Papers set at the Examination for Leaving Certificates, 1891
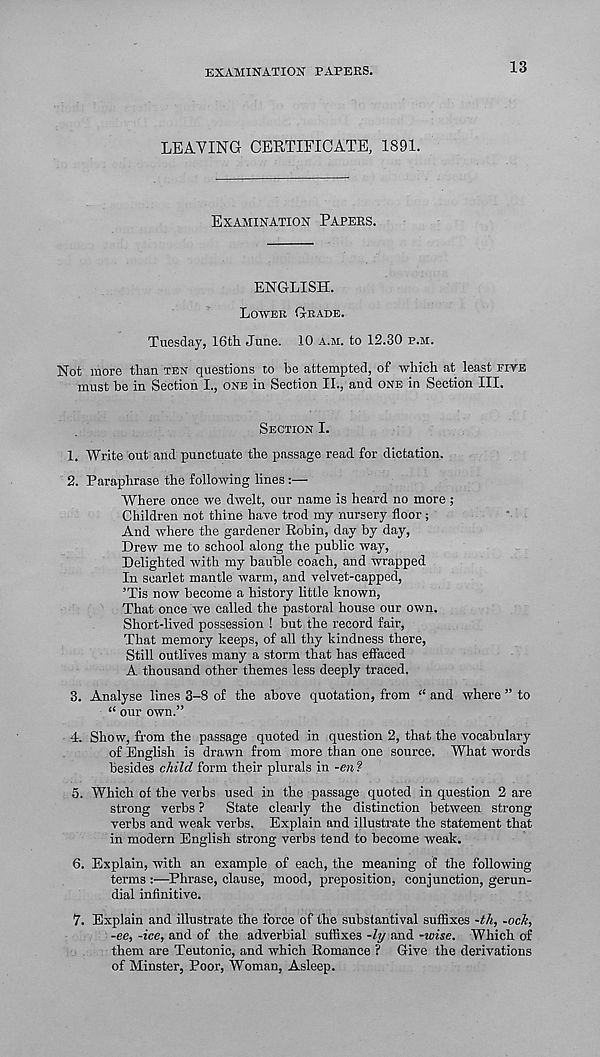
EXAMINATION PAPERS.
13
LEAVING CERTIFICATE, 1891.
EXAMINATION PAPERS.
ENGLISH.
LOWER GRADE.
Tuesday, 16th June. 10 A.M. to 12.30 P.M.
Not more than TEN questions to be attempted, of which at least FIVE
must be in Section I., ONE in Section II., and ONE in Section III.
SECTION I.
1. Write out and punctuate the passage read for dictation.
2. Paraphrase the following lines :—
Where once we dwelt, our name is heard no more ;
Children not thine have trod my nursery floor;
And where the gardener Robin, day by day,
Drew me to school along the public way,
Delighted with my bauble coach, and wrapped
In scarlet mantle warm, and velvet-capped,
’Tis now become a history little known,
That once we called the pastoral house our own.
Short-lived possession ! but the record fair,
That memory keeps, of all thy kindness there,
Still outlives many a storm that has eflaced
A thousand other themes less deeply traced.
3. Analyse lines 3-8 of the above quotation, from “ and where ” to
“ our own.”
4. Show, from the passage quoted in question 2, that the vocabulary
of English is drawn from more than one source. What words
besides child form their plurals in -en ?
5. Which of the verbs used in the passage quoted in question 2 are
strong verbs ?
State clearly the distinction between strong
verbs and weak verbs. Explain and illustrate the statement that
in modern English strong verbs tend to become weak.
6. Explain, with an example of each, the meaning of the following
terms :—Phrase, clause, mood, preposition, conjunction, gerun-
dial infinitive.
7. Explain and illustrate the force of the substantival suffixes -th, -ock,
-ee, -ice, and of the adverbial suffixes -/y and -wise. Which of
them are Teutonic, and which Romance ? Give the derivations
of Minster, Poor, Woman, Asleep.